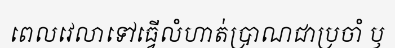
ពេលវេលាទៅធ្វើលំហាត់ប្រាណជាប្រចាំ ឫ